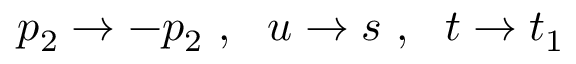
p _ { 2 } \rightarrow - p _ { 2 } \ , \ \ u \rightarrow s \ , \ \ t \rightarrow t _ { 1 }